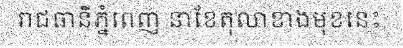
រាជធានីភ្នំពេញ នាខែតុលាខាងមុខនេះ